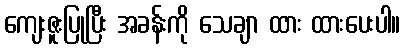
ကျေးဇူးပြုပြီး အခန်းကို သေချာ ထား ထားပေးပါ။